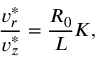
\frac { v _ { r } ^ { * } } { v _ { z } ^ { * } } = \frac { R _ { 0 } } { L } K ,